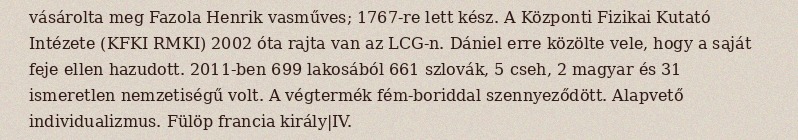
vásárolta meg Fazola Henrik vasműves; 1767-re lett kész. A Központi Fizikai Kutató Intézete (KFKI RMKI) 2002 óta rajta van az LCG‑n. Dániel erre közölte vele, hogy a saját feje ellen hazudott. 2011-ben 699 lakosából 661 szlovák, 5 cseh, 2 magyar és 31 ismeretlen nemzetiségű volt. A végtermék fém-boriddal szennyeződött. Alapvető individualizmus. Fülöp francia király|IV.